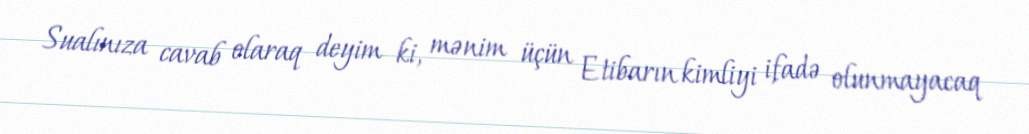
Sualınıza cavab olaraq deyim ki, mənim üçün Etibarın kimliyi ifadə olunmayacaq